Indian journal of veterinary science and animal husbandry - Volumes 18-21, 1948-1951
Year: 1948
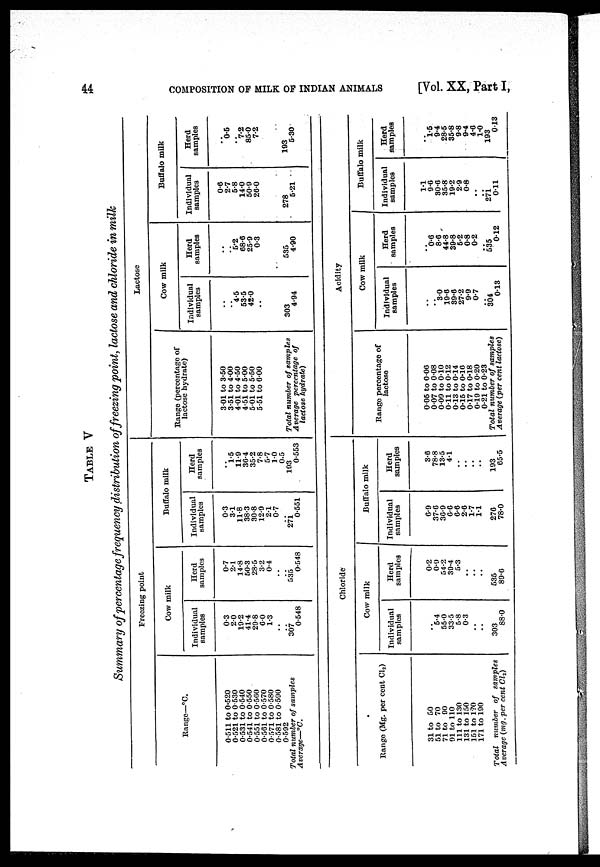
44
COMPOSITION OF MILK OF INDIAN ANIMALS
[Vol. XX, Part I,
TABLE V
Summary of percentage frequency distribution of freezing point, lactose and chloride in milk
Freezing point
Range—°C.
0.511 to 0.520
0.521 to 0.530
0.531 to 0.540
0.541 to 0.550
0.551 to 0.560
0.561 to 0.570
0.571 to 0.580
0.581 to 0.590
0.592
Total number of samples
Average—°C.
Cow milk
Individual
samples
0.3
2.0
19.2
41.4
29.8
6.0
1.3
..
.. 307
0.548
Herd
samples
0.7
2.1
14.8
50.3
28.5
3.2
0.4
..
.. 535
0.548
Buffalo milk
Individual
samples
0.3
3.1
11.8
38.3
30.8
12.9
2.1
0.7
.. 271
0.551
Herd
samples
..
1.5
11.9
36.4
35.2
7.8
5.7
1.0
0.5
193
0.553
Lactose
Range (percentage of
lactose hydrate)
3.01 to 3.50
3.51 to 4.00
4.01 to 4.50
4.51 to 5.00
5.01 to 5.50
5.51 to 6.00
Total number of samples
Average percentage of
lactose hydrate)
Cow milk
Individual
samples
..
..
4.5
53.5
42.0
..
303
4.94
Herd
samples
..
..
5.2
68.6
25.9
0.3
535
4.90
Buffalo milk
Individual
samples
0.6
2.7
5.8
14.0
50.9
26.0
278
5.21
Herd
samples
..
0.5
.. 7.2
85.0 7.2
193
5.30
Chloride
Range (Mg. per cent Cl 2 )
31 to 50
51 to 70
71 to 90
91 to 110
111 to 130
131 to 150
151 to 170
171 to 190
Total number of samples
Average (mg. per cent Cl 2 )
Cow milk
Individual
samples
..
5.4
55.0
33.5
5.8
0.3
..
..
303
88.0
Herd
samples
0.2
0.9
54.2
39.4
5.3
.. ..
..
535
89.6
Buffalo milk
Individual
samples
6.9
37.6
36.9
6.6
6.6
2.6
1.7
1.1
276
78.0
Herd
samples
3.6
78.8
13.5
4.1
..
..
.. ..
193
65.5
Acidity
Range percentage of
lactose
0.05 to 0.06
0.07 to 0.08
0.09 to 0.10
0.11 to 0.12
0.13 to 0.14
0.15 to 0.16
0.17 to 0.18
0.19 to 0.20
0.21 to 0.23
Total number of samples
Average (per cent lactose)
Cow milk
Individual
samples
..
..
3.0
19.6 39.6
27.2
9.9
0.7
.. 304
0.13
Herd
samples
..
0.6
8.6
44.8
39.8
5.2
0.8
0.2
..
535
0.12
Buffalo milk
Individual
samples
1.1
9.6
30.6
35.8
19.2
2.9
0.8
..
.. 271
0.11
Herd
samples
..
1.5
9.4
28.5
35.8
9.8
9.4
4.6
1.0
193
0.13